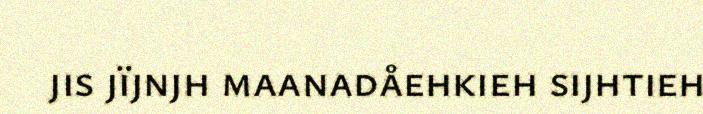
jis jïjnjh maanadåehkieh sijhtieh